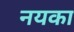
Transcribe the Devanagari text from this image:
नयका